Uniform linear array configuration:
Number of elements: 48
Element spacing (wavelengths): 0.25
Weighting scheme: exponential
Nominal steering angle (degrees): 60
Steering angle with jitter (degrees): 59.509
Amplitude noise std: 0.05
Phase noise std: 0.05

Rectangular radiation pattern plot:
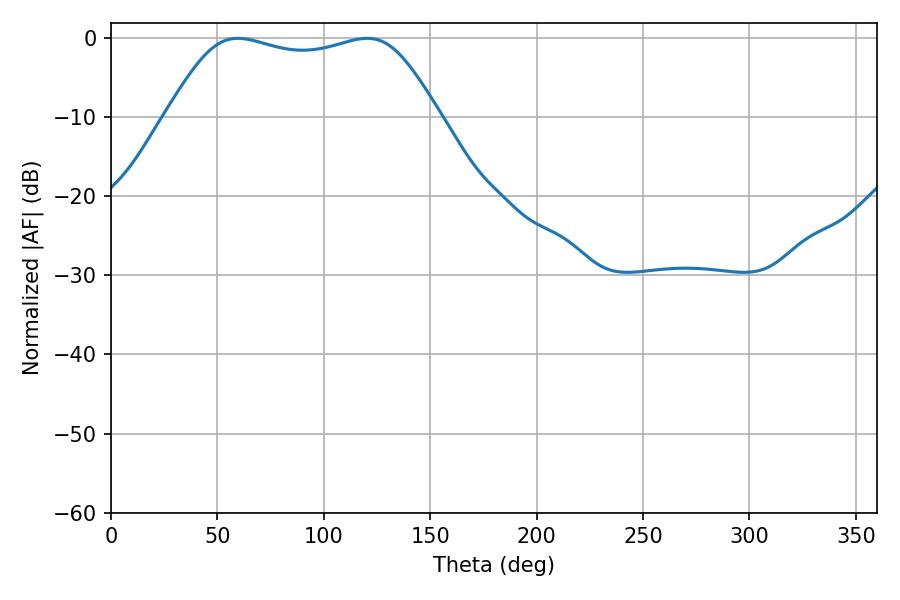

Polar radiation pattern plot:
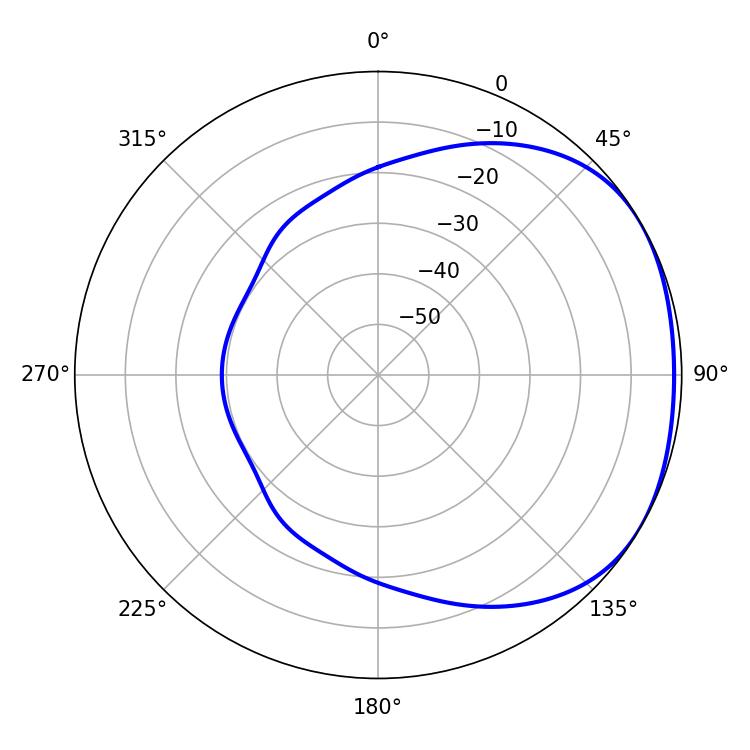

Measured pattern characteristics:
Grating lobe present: FALSE
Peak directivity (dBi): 1.727
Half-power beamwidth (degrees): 97.56
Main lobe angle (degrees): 59.58